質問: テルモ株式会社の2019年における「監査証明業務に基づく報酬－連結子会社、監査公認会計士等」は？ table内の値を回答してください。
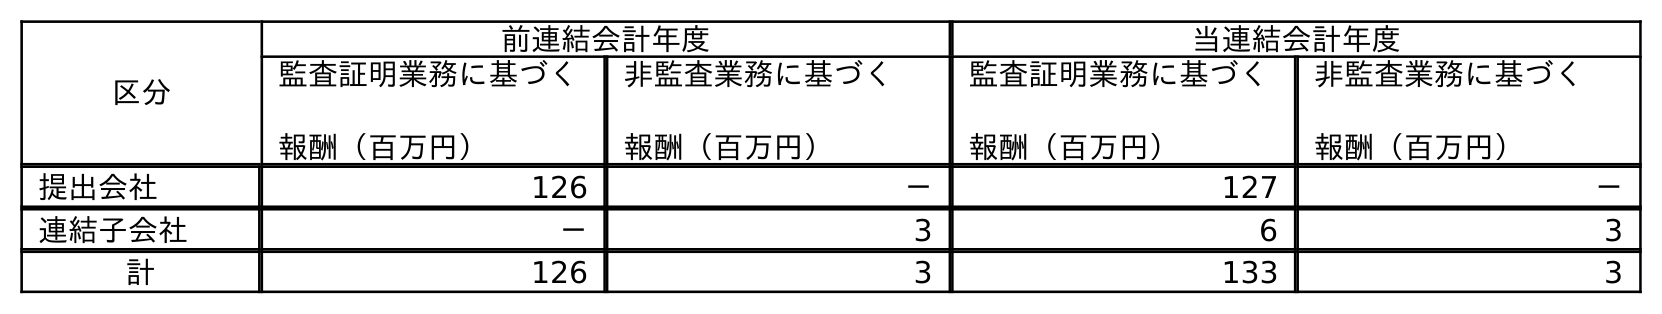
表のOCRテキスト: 区分 前連結会計年度 当連結会計年度 監査証明業務に基づく 報酬（百万円） 非監査業務に基づく 報酬（百万円） 監査証明業務に基づく 報酬（百万円） 非監査業務に基づく 報酬（百万円） 提出会社 126 － 127 － 連結子会社 － 3 6 3 計 126 3 133 3
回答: －